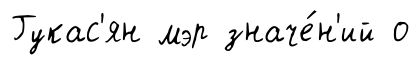
Гукас'ян мэр значе́н'ий о